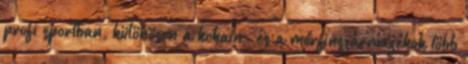
profi sportban, különösen a kokain- és a morfinszármazékok több